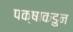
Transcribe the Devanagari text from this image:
पक्षाकडुन